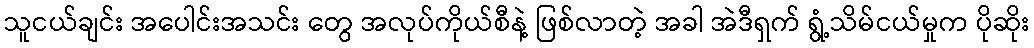
သူငယ်ချင်း အပေါင်းအသင်း တွေ အလုပ်ကိုယ်စီနဲ့ ဖြစ်လာတဲ့ အခါ အဲဒီရှက် ရွံ့သိမ်ငယ်မှုက ပိုဆိုး